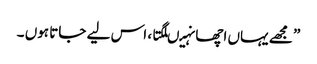
” مجھے یہاں اچھا نہیںلگتا ، اس لیے جاتا ہوں ۔